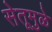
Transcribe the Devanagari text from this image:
सेतूमुळे